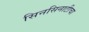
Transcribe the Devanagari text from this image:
सिनसिनाटीचा